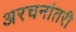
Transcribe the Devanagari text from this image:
अरचनांतरी